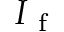
I _ { \mathrm { ~ f ~ } }